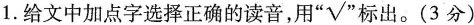
1.给文中加点字选择正确的读音，用”√”标出。（3分）